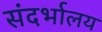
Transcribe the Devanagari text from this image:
संदर्भालय